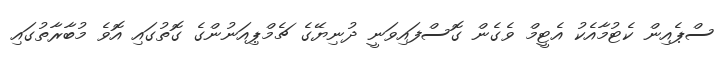
ސްޕެއިން ކެޓުމާއެކު އެޓީމް ވެގެން ގޮސްފައިވަނީ ދުނިޔޭގެ ޗެމްޕިއަނުންގެ ގޮތުގައި އޮވެ މުބާރާތުގައި